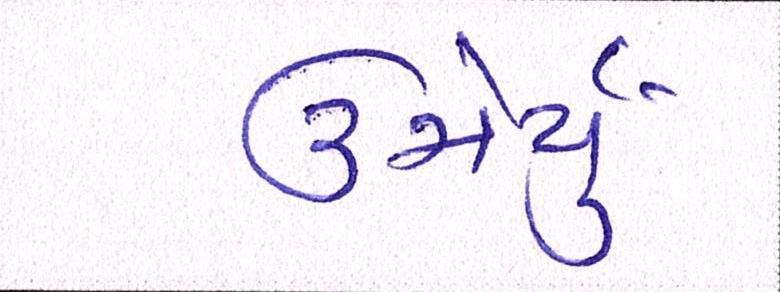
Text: ઉમેર્યું